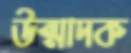
উন্মাদক